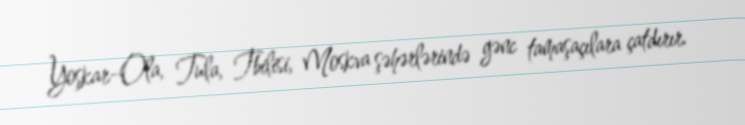
Yoşkar-Ola, Tula, Tbilisi, Moskva şəhərlərində gənc tamaşaçılara çatdırır.